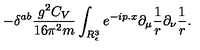
\displaystyle - { \delta } ^ { a b } \frac { g ^ { 2 } C _ { V } } { 1 6 \pi ^ { 2 } m } \int _ { R _ { \epsilon } ^ { 3 } } e ^ { - i p . x } \partial _ { \mu } \frac 1 r \partial _ { \nu } \frac 1 r .